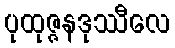
ပုထုဇ္ဇနဒုဿီလေ